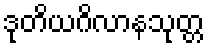
ဒုတိယဂိလာနသုတ္တ